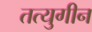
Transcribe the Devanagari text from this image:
तत्युगीन